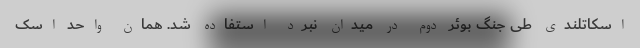
اسکاتلندی طی جنگ بوئر دوم در میدان نبرد استفاده شد. همان واحد اسک